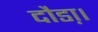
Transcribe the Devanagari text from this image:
दौडा़।